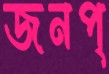
জনপ্